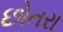
છોતરા